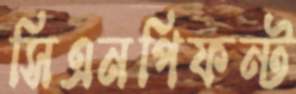
সিএনপিফন্ট